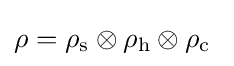
\rho =\rho _{\text{s}}\otimes \rho _{\text{h}}\otimes \rho _{\text{c}}~